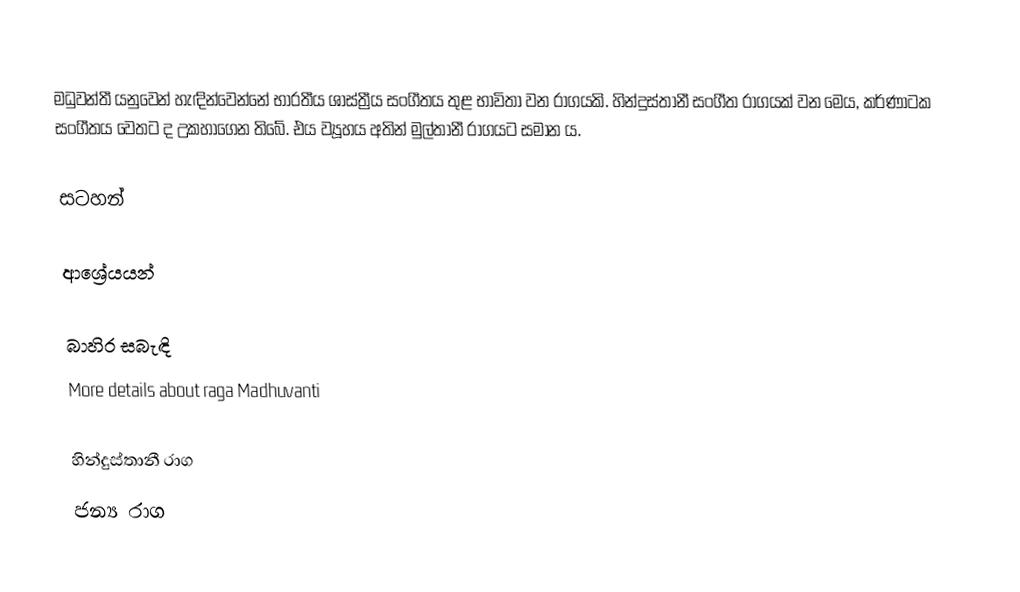
මධුවන්තී යනුවෙන් හැඳින්වෙන්නේ භාරතීය ශාස්ත්‍රීය සංගීතය තුළ භාවිතා වන රාගයකි.  හින්දුස්තානී සංගීත රාගයක් වන මෙය, කර්ණාටක සංගීතය වෙතට ද උකහාගෙන තිබේ. එය ව්‍යූහය අතින් මුල්තානී රාගයට සමාන ය.

සටහන්

ආශ්‍රේයයන්

බාහිර සබැඳි
 More details about raga Madhuvanti

හින්දුස්තානී රාග
ජන්‍ය රාග